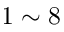
1 \sim 8